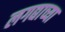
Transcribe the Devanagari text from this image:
लगद्याच्या